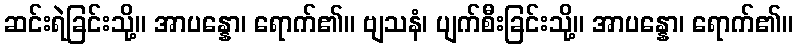
ဆင်းရဲခြင်းသို့။ အာပန္နော၊ ရောက်၏။ ဗျသနံ၊ ပျက်စီးခြင်းသို့။ အာပန္နော၊ ရောက်၏။